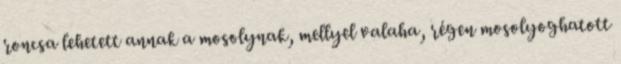
roncsa lehetett annak a mosolynak, mellyel valaha, régen mosolyoghatott